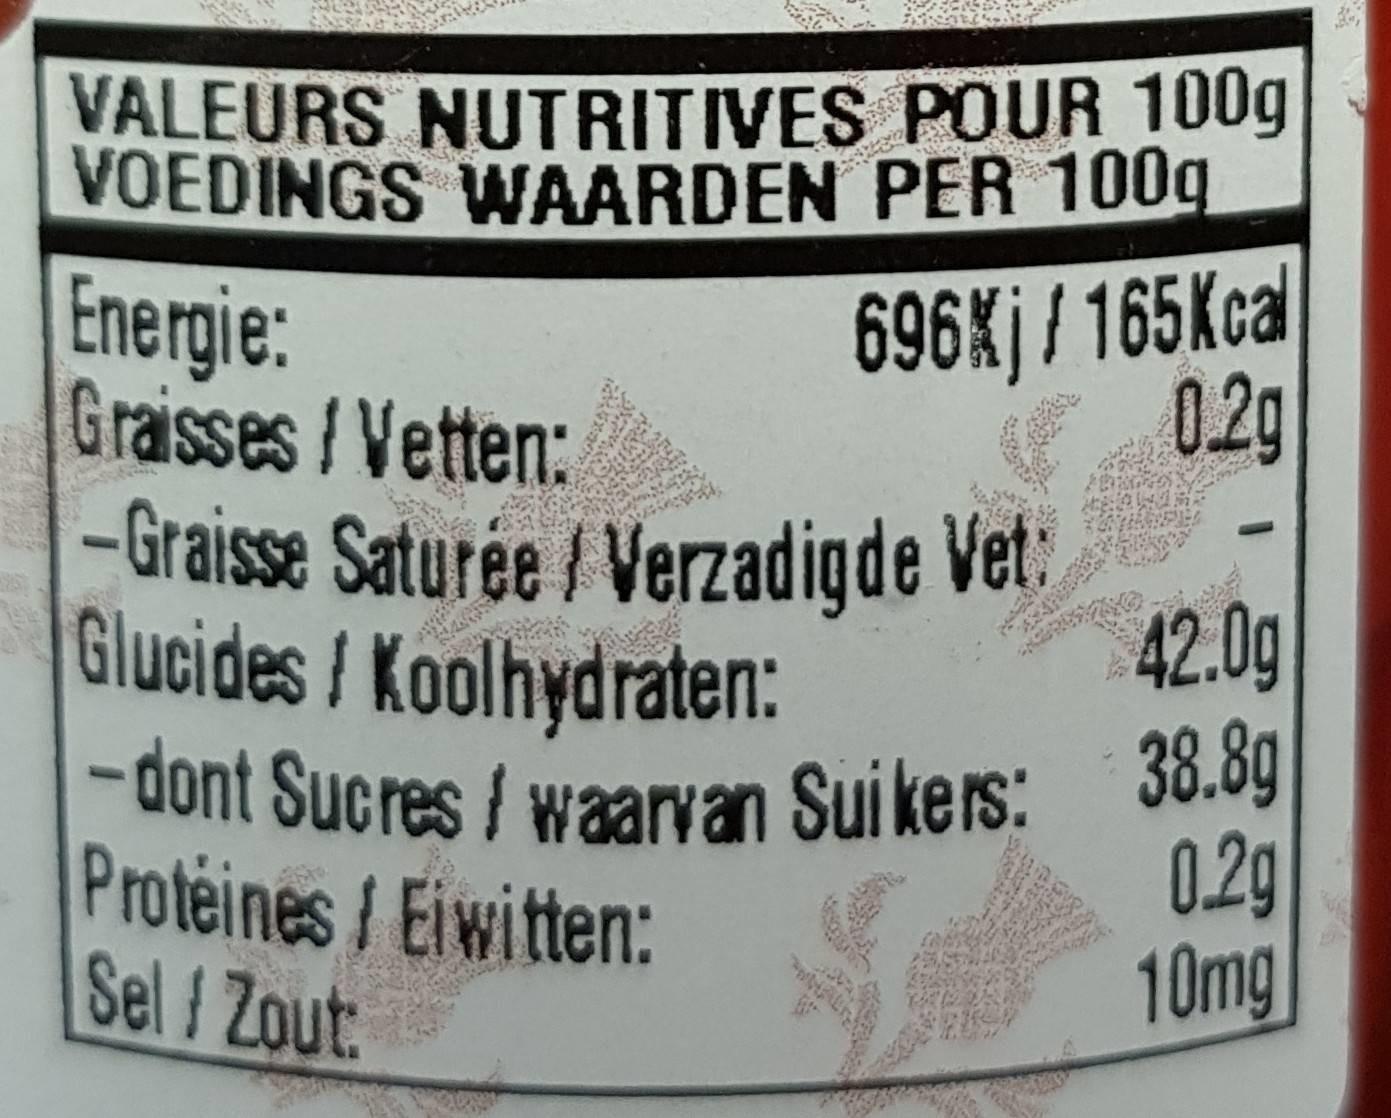
VALEURS NUTRITIVES POUR 100g VOEDINGS WAARDEN PER 100g
696Xj/ 165Kcal 0.2g
Energie: Graisses/Vetten: - Graisse Saturée / Verzadigde Vet: Glucides/ Koolhydraten:
42.0g
-dont Sucres/waarvan Sui kers: 38.8g Protéines/Eiwitten: Self Zout:
0.2g 10mg